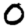
Digit: 0